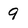
Character: 9